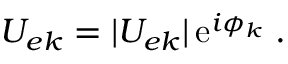
U _ { e k } = | U _ { e k } | \, \mathrm { e } ^ { i \phi _ { k } } \; .